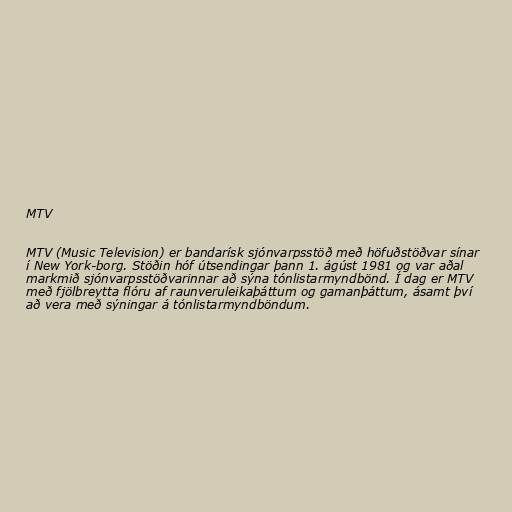
MTV

MTV (Music Television) er bandarísk sjónvarpsstöð með höfuðstöðvar sínar
í New York-borg. Stöðin hóf útsendingar þann 1. ágúst 1981 og var aðal
markmið sjónvarpsstöðvarinnar að sýna tónlistarmyndbönd. Í dag er MTV
með fjölbreytta flóru af raunveruleikaþáttum og gamanþáttum, ásamt því
að vera með sýningar á tónlistarmyndböndum.